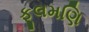
ફૂલમણિ